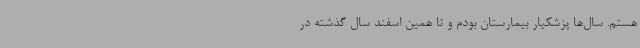
هستم. سال‌ها پزشکیار بیمارستان بودم و تا همین اسفند سال گذشته در